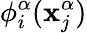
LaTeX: \phi_{i}^{\alpha}(\mathbf{x}_{j}^{\alpha})